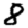
Digit: 8